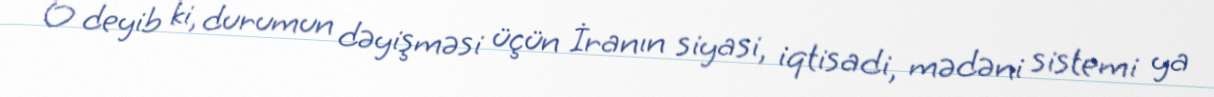
O deyib ki, durumun dəyişməsi üçün İranın siyasi, iqtisadi, mədəni sistemi ya